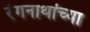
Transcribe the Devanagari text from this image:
रंगनाथांच्या